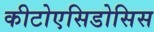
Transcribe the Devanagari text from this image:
कीटोएसिडोसिस